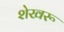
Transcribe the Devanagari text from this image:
शेखरू